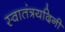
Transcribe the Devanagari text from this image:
स्वातंत्रयदिनी